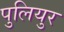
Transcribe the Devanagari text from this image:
पुलियुर